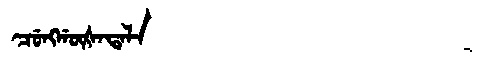
Manchu: ᠴᡠᠩᡤᡡᡧᠠᡨᠠᠯᠠ
Romanization: CUNGGŪŠATALA